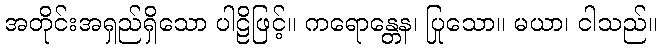
အတိုင်းအရှည်ရှိသော ပါဠိဖြင့်။ ကရောန္တေန၊ ပြုသော။ မယာ၊ ငါသည်။